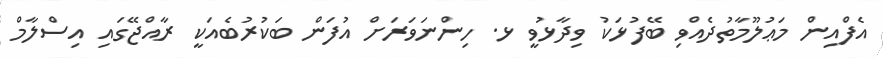
އެފްއިން މަޢުލޫމާތުދެއްވި ބޭފުޅަކު ވިދާޅުވީ ޅ. ހިންނަވަރަށް އުފަން ބަކުރުބެއަކީ ރާއްޖޭގައި އިސްލާމް